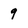
Character: 9